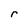
Character: r